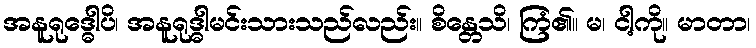
အနူရုဒ္ဓေါပိ၊ အနူရုဒ္ဓါမင်းသားသည်လည်း။ စိန္တေသိ၊ ကြံ၏။ မ၊ ငါ့ကို။ မာတာ၊